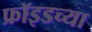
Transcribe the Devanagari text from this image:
फ्रॉइडच्या